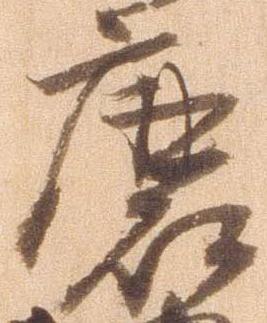
磨